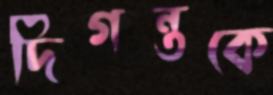
দিগন্তকে